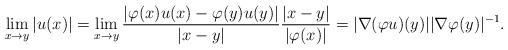
LaTeX: \begin{align*}\lim_{x \to y} |u(x)|= \lim_{x \to y} \frac{|\varphi(x) u(x) - \varphi(y)u(y)|}{|x - y|} \frac{|x-y|}{|\varphi(x)|} = |\nabla (\varphi u)(y)| |\nabla \varphi(y)|^{-1}.\end{align*}